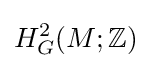
H_{G}^{2}(M;\mathbb {Z} )